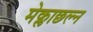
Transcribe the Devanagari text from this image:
मेक्लाछल्न